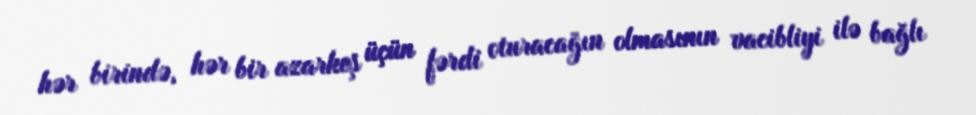
hər birində, hər bir azarkeş üçün fərdi oturacağın olmasının vacibliyi ilə bağlı